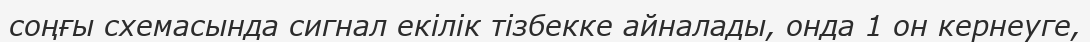
соңғы схемасында сигнал екілік тізбекке айналады, онда 1 он кернеуге,